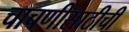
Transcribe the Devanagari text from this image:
चाचणीसाठीची